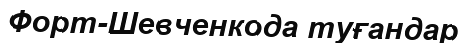
Форт-Шевченкода туғандар